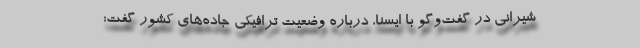
شیرانی در گفت‌وگو با ایسنا، درباره وضعیت ترافیکی جاده‌های کشور گفت: